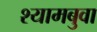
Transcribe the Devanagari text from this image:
श्यामबुवा